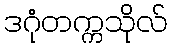
ဒဂုံတက္ကသိုလ်